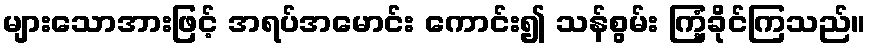
များသောအားဖြင့် အရပ်အမောင်း ကောင်း၍ သန်စွမ်း ကြံ့ခိုင်ကြသည်။